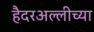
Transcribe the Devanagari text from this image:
हैदरअल्लीच्या